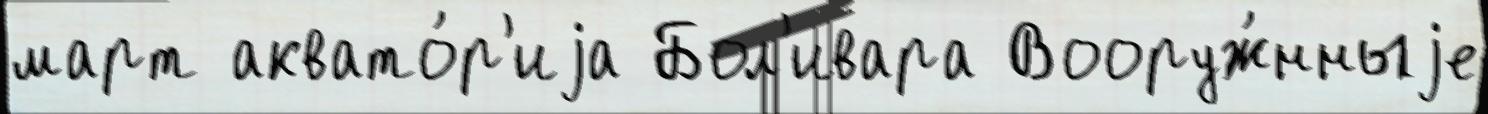
март аквато́р'иjа Бол'ивара Вооруж́нныjе